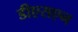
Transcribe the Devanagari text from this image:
डीएसएन